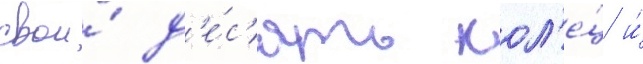
свои́ д'е́с'ять кол'е́ц и́